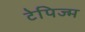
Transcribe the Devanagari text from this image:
टेपिज्म